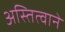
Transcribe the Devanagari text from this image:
अस्तित्वाने